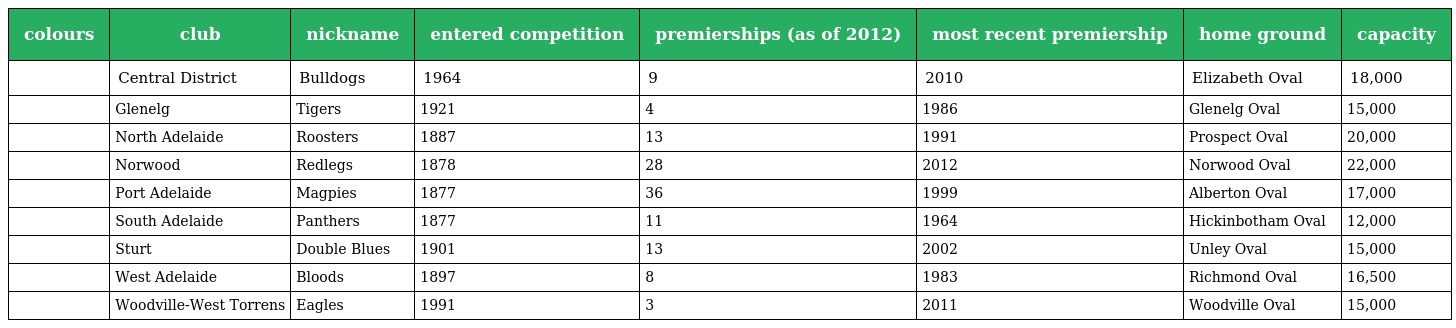
| colours | club | nickname | entered competition | premierships (as of 2012) | most recent premiership | home ground | capacity |
 | --- | --- | --- | --- | --- | --- | --- | --- |
 |  | Central District | Bulldogs | 1964 | 9 | 2010 | Elizabeth Oval | 18,000 |
 |  | Glenelg | Tigers | 1921 | 4 | 1986 | Glenelg Oval | 15,000 |
 |  | North Adelaide | Roosters | 1887 | 13 | 1991 | Prospect Oval | 20,000 |
 |  | Norwood | Redlegs | 1878 | 28 | 2012 | Norwood Oval | 22,000 |
 |  | Port Adelaide | Magpies | 1877 | 36 | 1999 | Alberton Oval | 17,000 |
 |  | South Adelaide | Panthers | 1877 | 11 | 1964 | Hickinbotham Oval | 12,000 |
 |  | Sturt | Double Blues | 1901 | 13 | 2002 | Unley Oval | 15,000 |
 |  | West Adelaide | Bloods | 1897 | 8 | 1983 | Richmond Oval | 16,500 |
 |  | Woodville-West Torrens | Eagles | 1991 | 3 | 2011 | Woodville Oval | 15,000 |